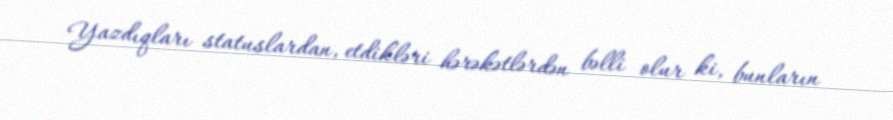
Yazdıqları statuslardan, etdikləri hərəkətlərdən bəlli olur ki, bunların